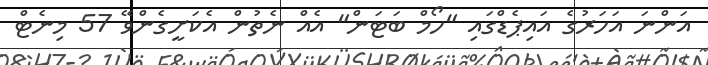
އަންނަ އަހަރުގެ އައިޕެޑްގައި "ހޯމް ބަޓަން" އެއް ނެތުން އެކަށީގެންވޭ 57 މިނެޓް